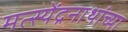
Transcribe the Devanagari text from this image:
मत्स्येंद्रनाथांच्या